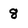
Character: 8